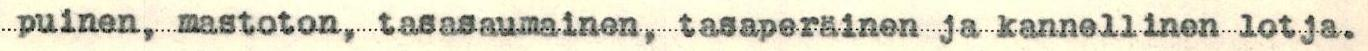
puinen, mastoton, tasasaumainen, tasaperäinen ja kannellinen lotja.